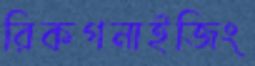
রিকগনাইজিং